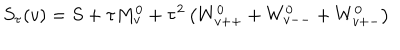
S _ { \tau } ( v ) = S + \tau M _ { v } ^ { 0 } + \tau ^ { 2 } \left( W _ { v + + } ^ { 0 } + W _ { v -- } ^ { 0 } + W _ { v + - } ^ { 0 } \right)